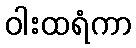
ဝါးထရံကာ